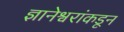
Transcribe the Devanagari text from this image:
ज्ञानेश्वरांकडून